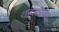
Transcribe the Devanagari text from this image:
कवठाचा